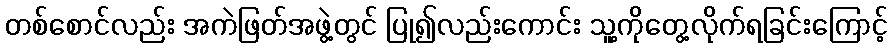
တစ်စောင်လည်း အကဲဖြတ်အဖွဲ့တွင် ပြု၍လည်းကောင်း သူ့ကိုတွေ့လိုက်ရခြင်းကြောင့်